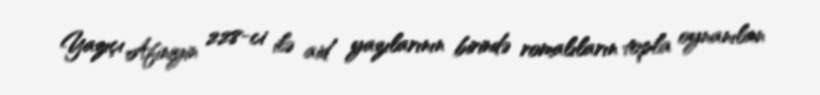
Yazıçı Afiniyin 228-ci ilə aid yazılarının birində romalıların topla oynanılan